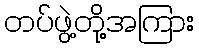
တပ်ဖွဲ့တို့အကြား